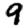
Digit: 9